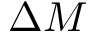
\Delta M